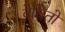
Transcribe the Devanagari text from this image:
वेचितो